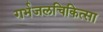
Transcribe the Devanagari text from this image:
गर्भजलचिकित्सा